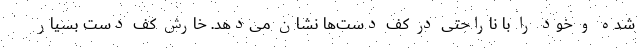
شده و خود را با ناراحتی در کف دست‌ها نشان می‌دهد. خارش کف دست بسیار